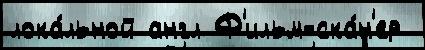
лока́льной англ Ф'ильм-ска́н'ер